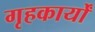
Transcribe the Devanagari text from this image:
गृहकार्यों